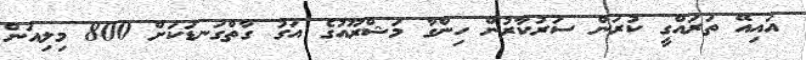
އައިއޭ ތަރައްގީ ކުރަން ސަރުކާރުން ހިންގާ މަޝްރޫއުގެ އަގު ގާތްގަނޑަކަށް 800 މިލިއަން